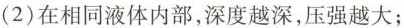
(2)在相同液体内部，深度越深，压强越大；